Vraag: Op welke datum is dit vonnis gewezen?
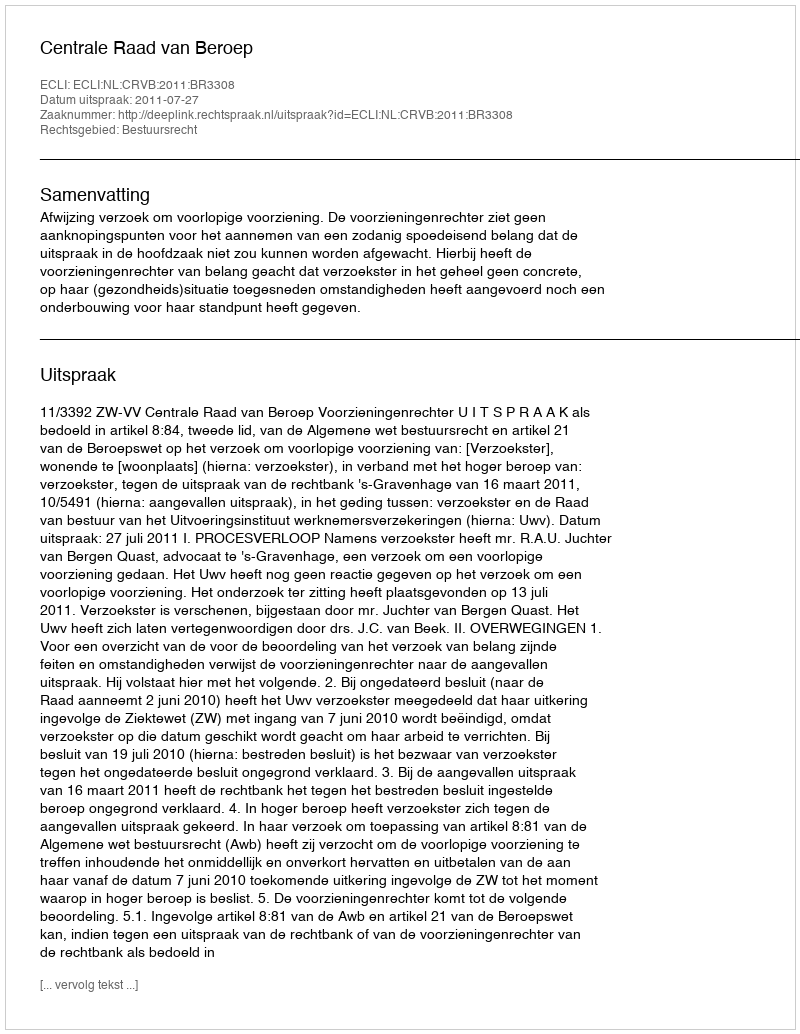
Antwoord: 2011-07-27